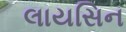
લાયસિન